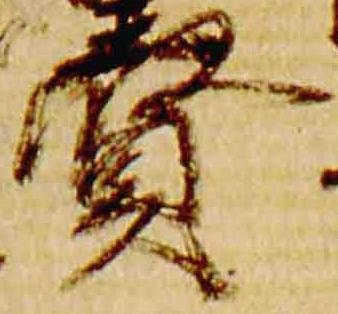
賢